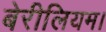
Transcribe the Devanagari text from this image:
बेरीलियम।